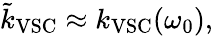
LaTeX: \tilde{k}_{\mathrm{VSC}}\approx k_{\mathrm{VSC}}(\omega_{0}),